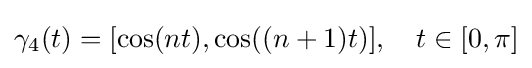
\gamma _{4}(t)=[\cos(nt),\cos((n+1)t)],\quad t\in [0,\pi ]